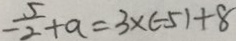
- \frac { 5 } { 2 } + a = 3 \times ( - 5 ) + 8